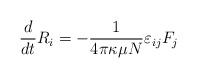
LaTeX: \begin{align*}{d\over dt} R_i = - {1\over 4 \pi \kappa \mu N} \varepsilon_{ij} F_j\end{align*}